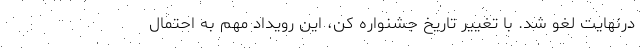
درنهایت لغو شد. با تغییر تاریخ جشنواره کن، این رویداد مهم به احتمال